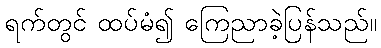
ရက်တွင် ထပ်မံ၍ ကြေညာခဲ့ပြန်သည်။